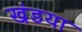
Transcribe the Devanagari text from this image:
खंडया